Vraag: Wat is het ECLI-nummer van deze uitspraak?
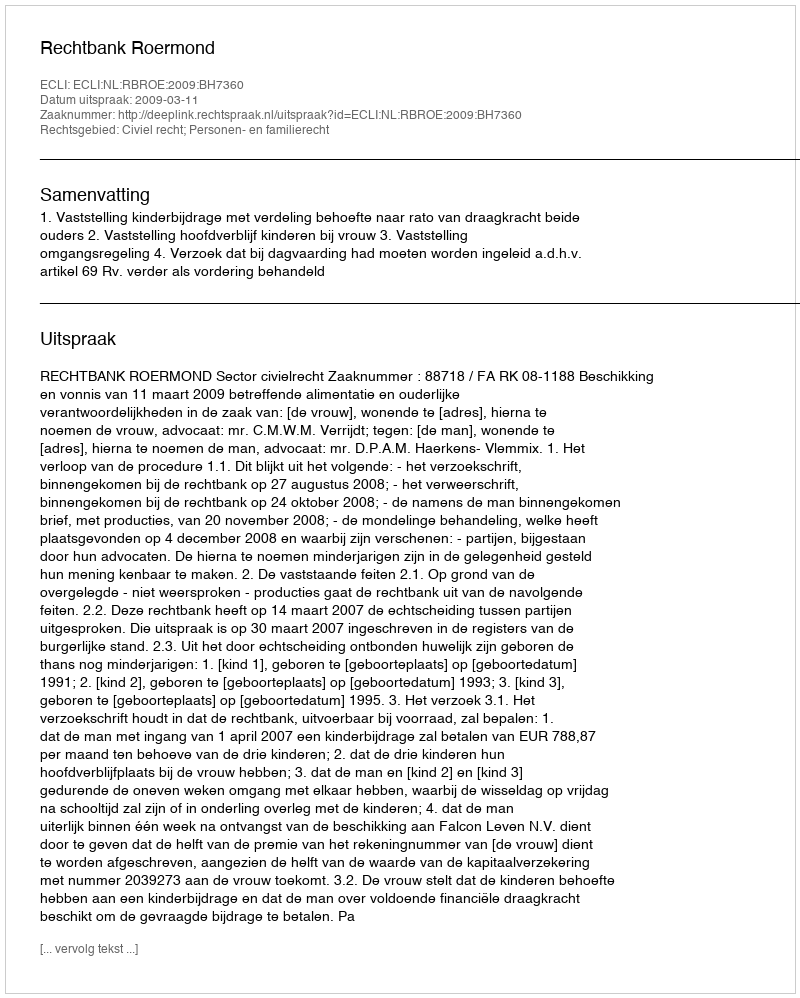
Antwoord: ECLI:NL:RBROE:2009:BH7360